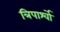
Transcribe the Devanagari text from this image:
त्रिपार्श्वो